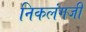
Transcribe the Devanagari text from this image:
निकलंगजी